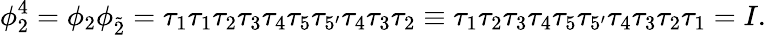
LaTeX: \phi_{2}^{4}=\phi_{2}\phi_{\tilde{2}}=\tau_{1}\tau_{1}\tau_{2}\tau_{3}\tau_{4}\tau_{5}\tau_{5^{\prime}}\tau_{4}\tau_{3}\tau_{2}\equiv\tau_{1}\tau_{2}\tau_{3}\tau_{4}\tau_{5}\tau_{5^{\prime}}\tau_{4}\tau_{3}\tau_{2}\tau_{1}=I.